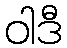
ဝါဒီ